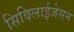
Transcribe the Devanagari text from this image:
सिविलाईजेसन